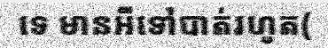
ទេ មានអីទៅបាត់រហូត(